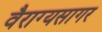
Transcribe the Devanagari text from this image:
वैराग्यसागर